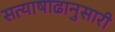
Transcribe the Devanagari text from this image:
सत्याषाढानुसारी